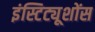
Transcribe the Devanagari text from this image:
इंस्टिट्यूशोंस